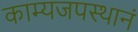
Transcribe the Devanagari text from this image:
काम्यजपस्थानं